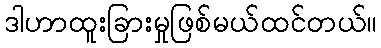
ဒါဟာထူးခြားမှုဖြစ်မယ်ထင်တယ်။